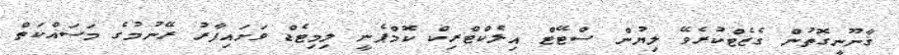
ޤާނޫނީގޮތުން ގެޒެޓްކުރެވޭ ލިޔުން ސްޓޭޓް އިލެކްޓްރިކް ކޮމްޕެނީ ލިމިޓެޑް ވަށައިފާރު ރޭނުމުގެ މަސައްކަތް